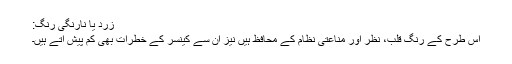
زرد یا نارنگی رنگ:
اس طرح کے رنگ قلب، نظر اور مناعتی نظام کے محافظ ہیں نیز ان سے کینسر کے خطرات بھی کم پیش آتے ہیں۔